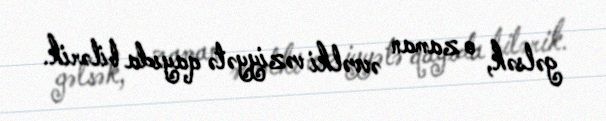
gəlsək, o zaman əvvəlki vəziyyətə qayıda bilərik.